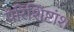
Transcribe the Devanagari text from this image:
परिशिष्टांश